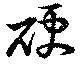
硬